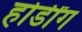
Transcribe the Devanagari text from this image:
होर्डींग